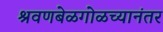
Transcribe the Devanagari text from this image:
श्रवणबेळगोळच्यानंतर